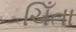
ચિઁતા